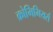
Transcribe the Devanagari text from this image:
क्रोमिमियर्स